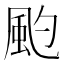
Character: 𩖚